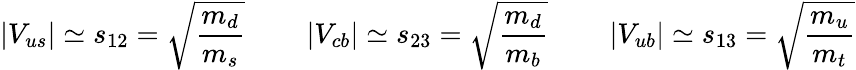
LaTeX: \left|V_{us}\right|\simeq s_{12}=\sqrt{\frac{m_{d}}{m_{s}}}\qquad\left|V_{cb}\right|\simeq s_{23}=\sqrt{\frac{m_{d}}{m_{b}}}\qquad\left|V_{ub}\right|\simeq s_{13}=\sqrt{\frac{m_{u}}{m_{t}}}